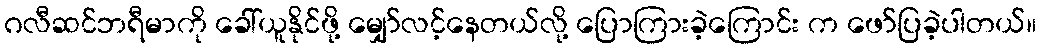
ဂလီဆင်ဘရီမာကို ခေါ်ယူနိုင်ဖို့ မျှော်လင့်နေတယ်လို့ ပြောကြားခဲ့ကြောင်း က ဖော်ပြခဲ့ပါတယ်။